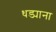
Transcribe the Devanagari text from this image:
धड्याना